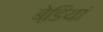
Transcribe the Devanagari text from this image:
बेडि़यां